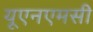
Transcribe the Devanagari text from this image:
यूएनएमसी